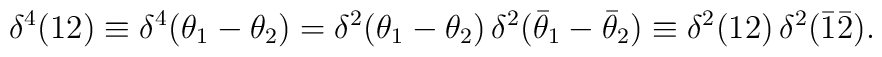
\delta^4(12)\equiv\delta^4(\theta_1 - \theta_2) =\delta^2(\theta_1 -\theta_2) \, \delta^2(\bar{\theta}_1-\bar{\theta}_2) \equiv \delta^2(12) \, \delta^2 (\bar{1}\bar{2}).